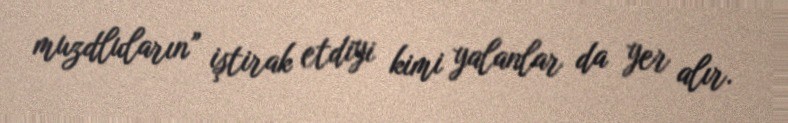
muzdluların” iştirak etdiyi kimi yalanlar da yer alır.